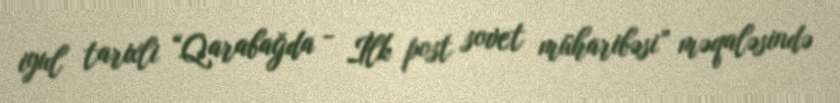
iyul tarixli “Qarabağda - İlk post sovet müharibəsi” məqaləsində